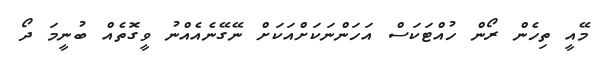
މޭއީ ތިހެން ރޯން ހުއްޓަކަސް އަހަންނަކަށްއަކަށް ނޭގޭނެއެއްނު ވީގޮތެއް ބުނީމަ ދޯ